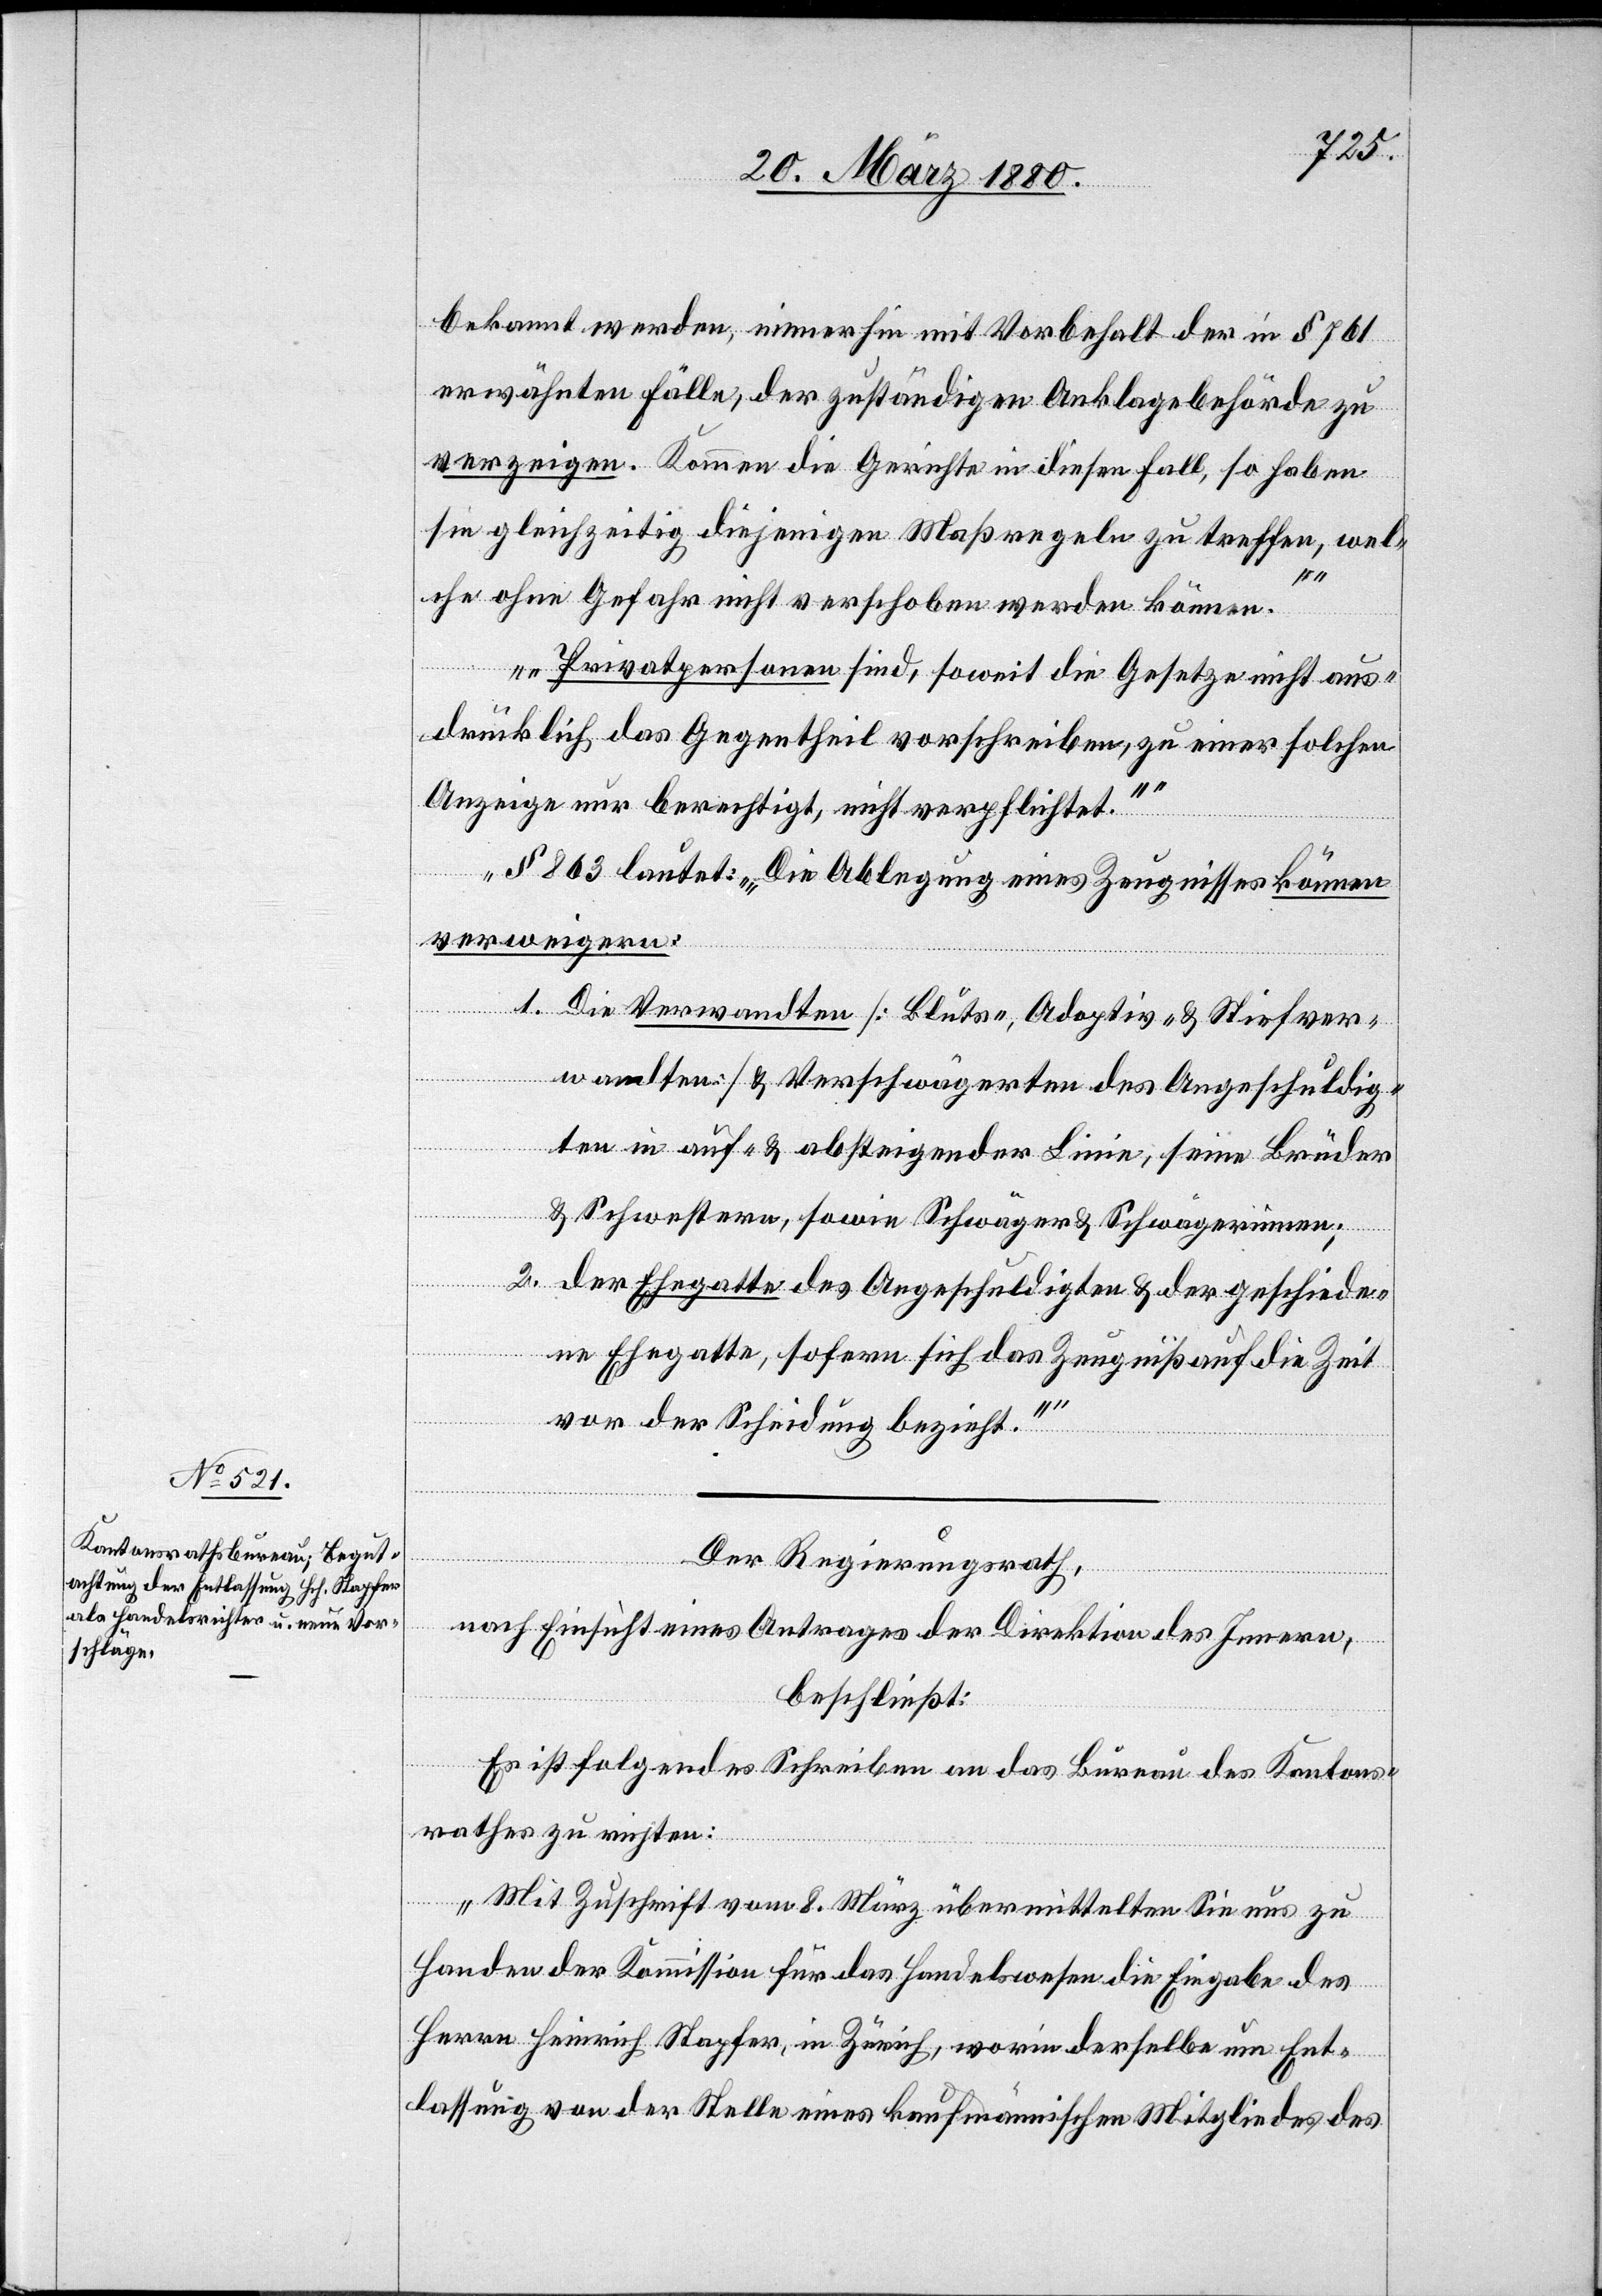
bekannt werden, immerhin mit Vorbehalt der in § 761
erwähnten Fälle, der zuständigen Anklagebehörde zu
verzeigen. Kommen die Gerichte in diesen Fall, so haben
sie gleichzeitig diejenigen Maßregeln zu treffen, wel¬
che ohne Gefahr nicht verschoben werden können.
Privatpersonen sind, soweit die Gesetze nicht aus¬
drücklich das Gegentheil vorschreiben, zu einer solchen
Anzeige nur berechtigt, nicht verpflichtet.“
§ 863 lautet: „Die Ablegung eines Zeugnisses können
verweigern:
1. Die Verwandten [Bluts-, Adoptiv- & Stiefver¬
wandten] & Verschwägerten des Angeschuldig¬
ten in auf- & absteigender Linie, seine Brüder
& Schwestern, sowie Schwäger & Schwägerinnen;
2. Der Ehegatte des Angeschuldigten & der geschiede¬
ne Ehegatte, sofern sich das Zeugniß auf die Zeit
vor der Scheidung bezieht.““
Der Regierungsrath,
nach Einsicht eines Antrages der Direktion des Innern,
beschließt:
Es ist folgendes Schreiben an das Bureau des Kantons¬
rathes zu richten:
„Mit Zuschrift vom 8. März übermittelten Sie uns zu
Handen der Kommission für das Handelswesen die Eingabe des
Herrn Heinrich Stapfer, in Zürich, worin derselbe um Ent¬
lassung von der Stelle eines kaufmännischen Mitgliedes des